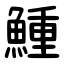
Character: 䱰